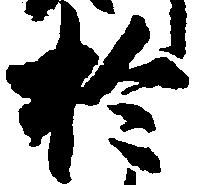
於